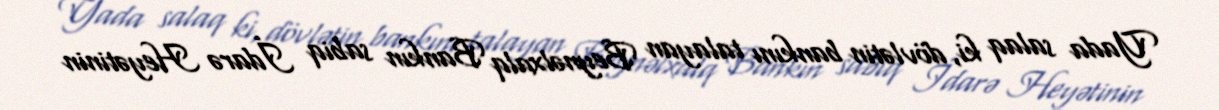
Yada salaq ki, dövlətin bankını talayan Beynəlxalq Bankın sabiq İdarə Heyətinin